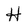
Character: H